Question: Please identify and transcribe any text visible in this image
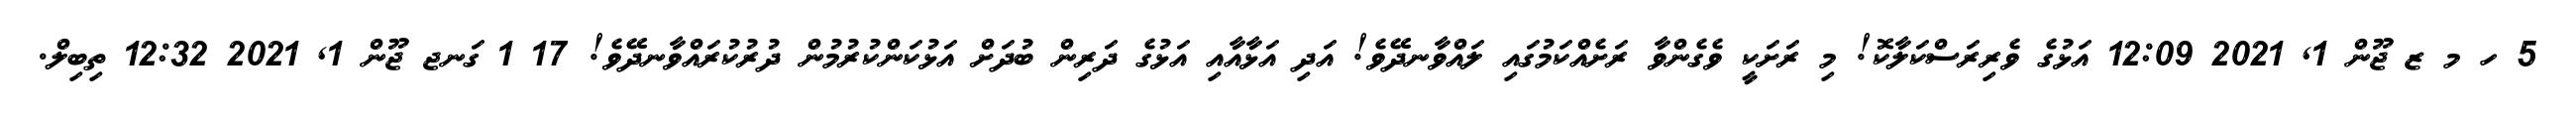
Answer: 5 ހ މ ޒ ޖޫން 1, 2021 12:09 އަޅުގެ ވެރިރަސްކަލާކޮ! މި ރަށަކީ ވެގެންވާ ރަށެއްކަމުގައި ލައްވާނދޭވެ! އަދި އަޅާއާއި އަޅުގެ ދަރިން ބުދަށް އަޅުކަންކުރުމުން ދުރުކުރައްވާނދޭވެ! 17 1 ގަނޖ ޖޫން 1, 2021 12:32 ތިބިލް.